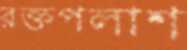
রক্তপলাশ